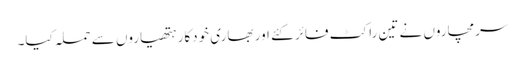
سرمچاروں نے تین راکٹ فائر کئے اور بھاری خودکار ہتھیاروں سے حملہ کیا۔